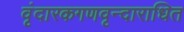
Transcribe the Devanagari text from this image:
वृंदारकगणवृन्दाराधित